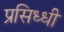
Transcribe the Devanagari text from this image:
प्रसिध्‍धी